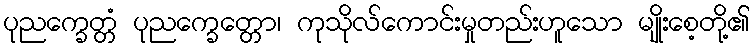
ပုညက္ခေတ္တံ ပုညက္ခေတ္တော၊ ကုသိုလ်ကောင်းမှုတည်းဟူသော မျိုးစေ့တို့၏